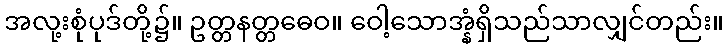
အလု့းစုံပုဒ်တို့၌။ ဥတ္တနတ္တဓေဝ။ ဝေါ့သောအ္နံရှိသည်သာလျှင်တည်း။